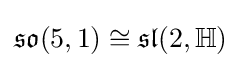
{\mathfrak {so}}(5,1)\cong {\mathfrak {sl}}(2,\mathbb {H} )